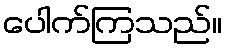
ပေါက်ကြသည်။